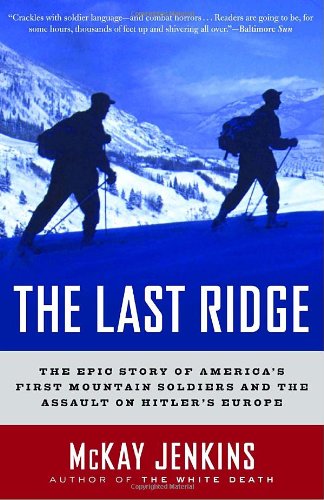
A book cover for The Last Ridge: The Epic Story of America's First Mountain Soldiers and the Assault on Hitler's Europe; Mckay Jenkins; History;